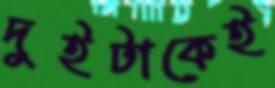
দুইটাকেই